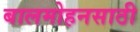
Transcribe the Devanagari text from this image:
बालमोहनसाठी